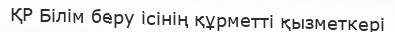
ҚР Білім беру ісінің құрметті қызметкері